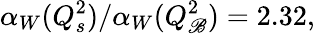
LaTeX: \alpha_{W}(Q_{s}^{2})/\alpha_{W}(Q_{\mathscr{B}}^{2})=2.32,